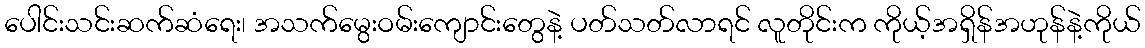
ပေါင်းသင်းဆက်ဆံရေး၊ အသက်မွေးဝမ်းကျောင်းတွေနဲ့ ပတ်သတ်လာရင် လူတိုင်းက ကိုယ့်အရှိန်အဟုန်နဲ့ကိုယ်